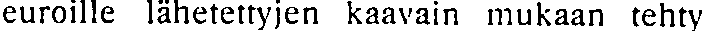
euroille lähetettyjen kaavain mukaan tehty